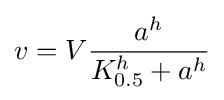
v=V{\frac {a^{h}}{K_{0.5}^{h}+a^{h}}}